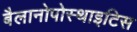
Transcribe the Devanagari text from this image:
बैलानोपोस्थाइटिस